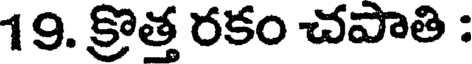
19. క్రొత్త రకం చపాతి :